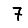
Digit: 7